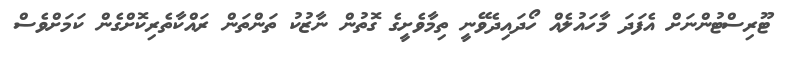
ޓޫރިސްޓުންނަށް އެފަދަ މާހައުލެއް ހޯދައިދެވޭނީ ތިމާވެށީގެ ގޮތުން ނާޒުކު ތަންތަން ރައްކާތެރިކޮށްގެން ކަމަށްވެސް